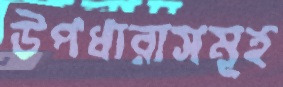
উপধারাসমূহ